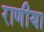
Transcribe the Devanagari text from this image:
राणीया